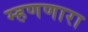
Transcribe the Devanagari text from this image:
म्हणणारा